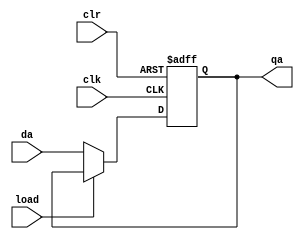
module pc (input clk, clr, load, input [15:0] da, output reg [15:0] qa);

always@(negedge clr or  posedge clk)
begin
    if(!clr) qa <= 0;
    else if (!load)
       qa <= da;
end

endmodule